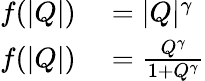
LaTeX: \begin{array}{rl}{f(|Q|)}&{{}=|Q|^{\gamma}}\\ {f(|Q|)}&{{}=\frac{Q^{\gamma}}{1+Q^{\gamma}}}\end{array}